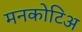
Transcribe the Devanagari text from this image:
मनकोटिअ